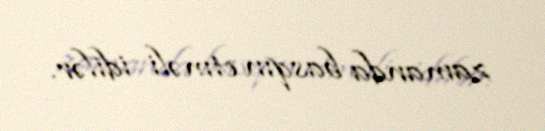
zamanda basqın etməli idilər.